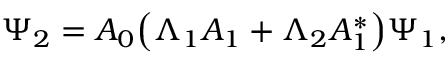
\Psi _ { 2 } = A _ { 0 } { \left( \Lambda _ { 1 } { \cal A } _ { 1 } + \Lambda _ { 2 } { \cal A } _ { 1 } ^ { \ast } \right) } \Psi _ { 1 } ,